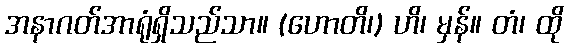
အနာဂတ်အာရုံရှိသည်သာ။ (ဟောတိ၊) ဟိ၊ မှန်။ တံ၊ ထို